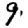
Digit: 9